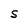
Character: S